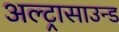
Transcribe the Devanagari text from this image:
अल्‍ट्रासाउन्‍ड